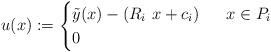
LaTeX: \begin{align*} u(x) := \begin{cases} \tilde{y}(x) - (R_i\,\,x +c_i) & \ \ x \in P_i \\ 0 & \ \ \end{cases}\end{align*}